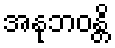
အနုဘဝန္တိ